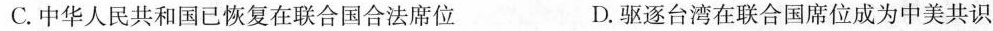
C.中华人民共和国已恢复在联合国合法席位 D.驱逐台湾在联合国席位成为中美共识